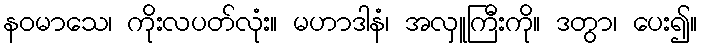
နဝမာသေ၊ ကိုးလပတ်လုံး။ မဟာဒါနံ၊ အလှူကြီးကို။ ဒတွာ၊ ပေး၍။